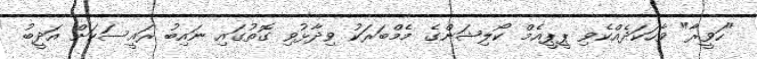
"ހަވީރާ" ވާހަކަދެއްކެވި ޕީޕީއެމް ކޯލިޝަންގެ މެމްބަރަކު ވިދާޅުވި ގޮތުގައި ނައިބު ރައީސަކަށް އަދީބު